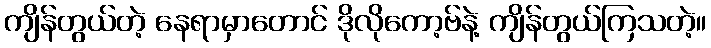
ကျိန်တွယ်တဲ့ နေရာမှာတောင် ဒိုလိုကော့ဗ်နဲ့ ကျိန်တွယ်ကြသတဲ့။